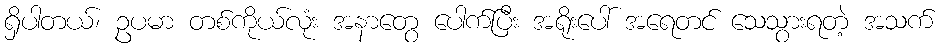
ရှိပါတယ်၊ ဥပမာ တစ်ကိုယ်လုံး အနာတွေ ပေါက်ပြီး အရိုးပေါ် အရေတင် သေသွားရတဲ့ အသက်